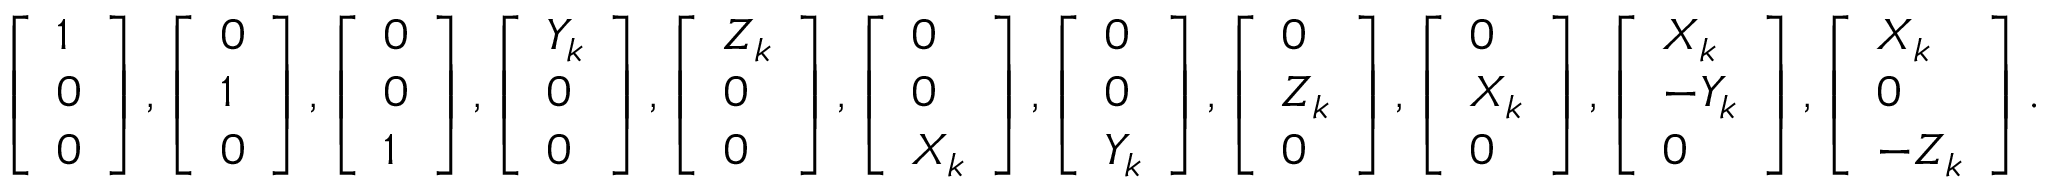
\begin{array} { r l } & { \left[ \begin{array} { l } { 1 } \\ { 0 } \\ { 0 } \end{array} \right] , \left[ \begin{array} { l } { 0 } \\ { 1 } \\ { 0 } \end{array} \right] , \left[ \begin{array} { l } { 0 } \\ { 0 } \\ { 1 } \end{array} \right] , \left[ \begin{array} { l } { Y _ { k } } \\ { 0 } \\ { 0 } \end{array} \right] , \left[ \begin{array} { l } { Z _ { k } } \\ { 0 } \\ { 0 } \end{array} \right] , \left[ \begin{array} { l } { 0 } \\ { 0 } \\ { X _ { k } } \end{array} \right] , \left[ \begin{array} { l } { 0 } \\ { 0 } \\ { Y _ { k } } \end{array} \right] , \left[ \begin{array} { l } { 0 } \\ { Z _ { k } } \\ { 0 } \end{array} \right] , \left[ \begin{array} { l } { 0 } \\ { X _ { k } } \\ { 0 } \end{array} \right] , \left[ \begin{array} { l } { X _ { k } } \\ { - Y _ { k } } \\ { 0 } \end{array} \right] , \left[ \begin{array} { l } { X _ { k } } \\ { 0 } \\ { - Z _ { k } } \end{array} \right] . } \end{array}